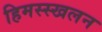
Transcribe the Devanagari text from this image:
हिमस्स्खलन